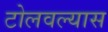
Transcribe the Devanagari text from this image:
टोलवल्यास